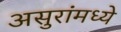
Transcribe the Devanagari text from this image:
असुरांमध्ये